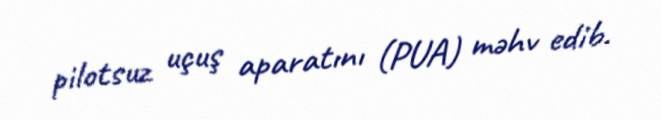
pilotsuz uçuş aparatını (PUA) məhv edib.